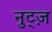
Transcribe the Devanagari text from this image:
नुट्ज़